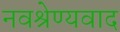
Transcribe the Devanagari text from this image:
नवश्रेण्यवाद